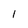
Character: l